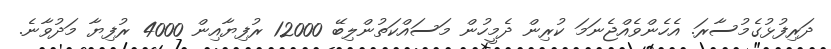
ދަރިފުޅުގެމުސާރަ. އެހެންވެއްޖެނަމަ ކުރިން ދެމީހުން މަސައްކަތުންލިބޭ 12000 ރުފިޔާއިން 4000 ރުފިޔާ މަދުވާނެ.